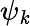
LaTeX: \psi_{\mathit{k}}